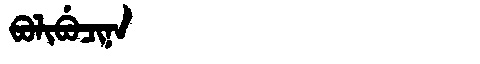
Manchu: ᠪᠣᠯᡳᠪᡠᠴᡳᠨᠠ
Romanization: BOLIBUCINA